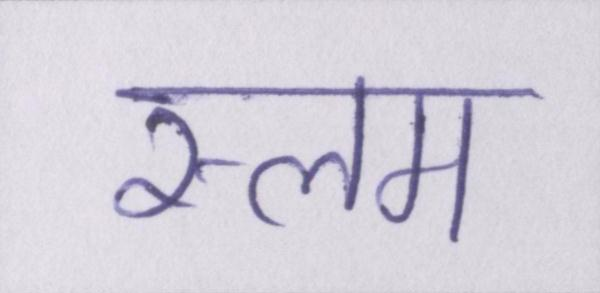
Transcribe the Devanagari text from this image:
स्लम